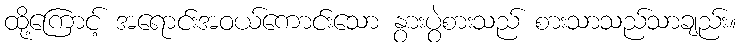
ထို့ကြောင့် အရောင်းအဝယ်ကောင်းသော နွားပွဲစားသည် စားသာသည်သာချည်း။